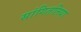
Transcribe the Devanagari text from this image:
सांगितलिया